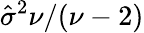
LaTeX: \hat{\sigma}^{2}\nu/(\nu-2)